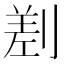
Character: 𠞊